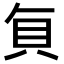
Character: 𮙭